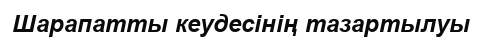
Шарапатты кеудесінің тазартылуы